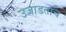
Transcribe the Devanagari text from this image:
उजाडताच